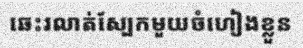
ឆេះរលាត់ស្បែកមួយចំហៀងខ្លួន